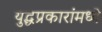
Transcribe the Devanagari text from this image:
युद्धप्रकारांमध्ये